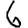
Digit: 6